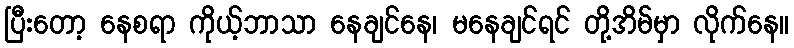
ပြီးတော့ နေစရာ ကိုယ့်ဘာသာ နေချင်နေ၊ မနေချင်ရင် တို့အိမ်မှာ လိုက်နေ။